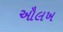
ઔલખ